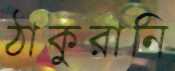
ঠাকুরানি